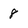
Character: 8